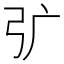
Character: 𭚦